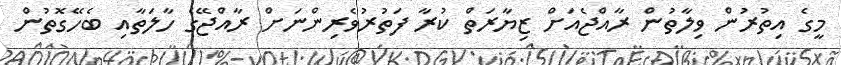
މީގެ އިތުރުން ވިލާތުން ރާއްޖެއަށް ޒިޔާރަތް ކުރާ ފަތުރުވެރިންނަށް ރާއްޖޭގެ ހާލަތާއި ބެހޭގޮތުން